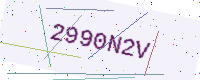
Text: 2990N2V